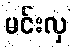
မင်းလှ